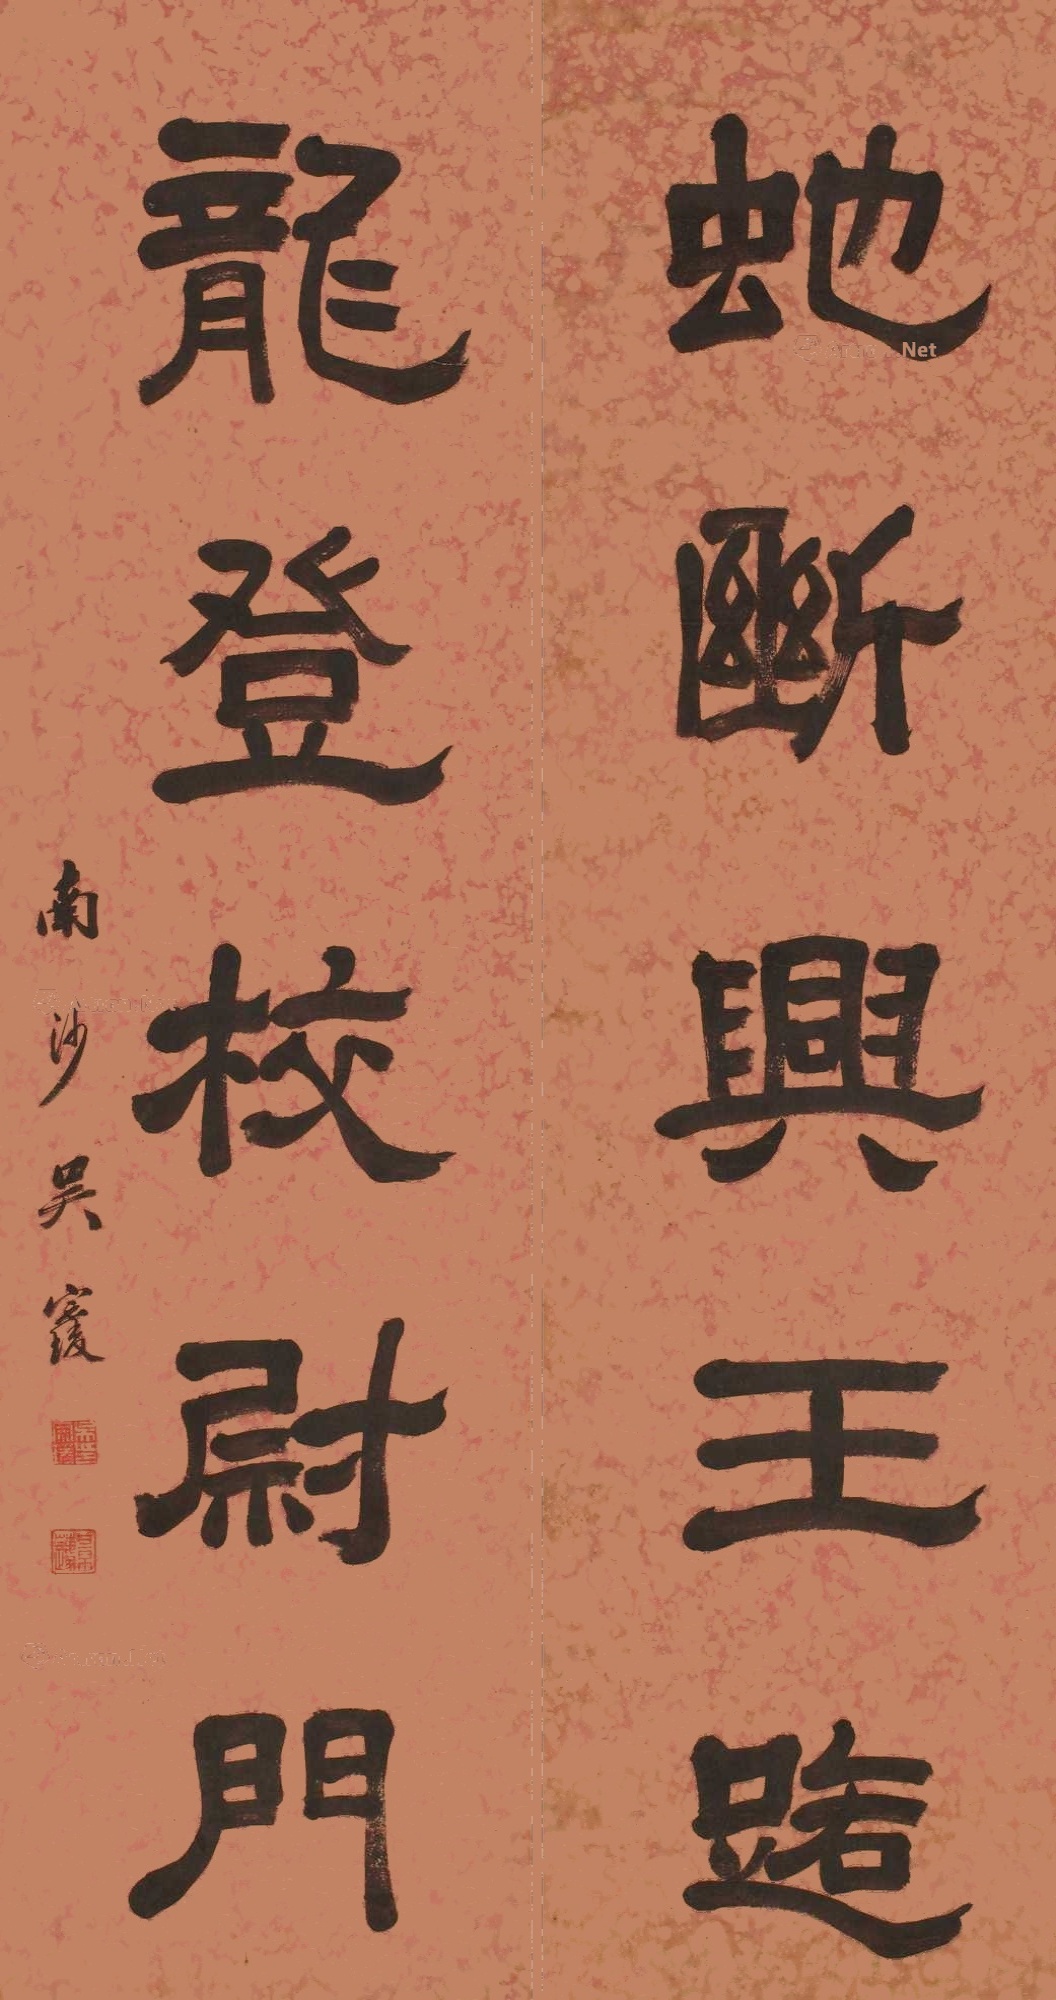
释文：蛇断兴王路；龙登校尉门。南沙吴宗瑗。